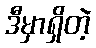
ဒီမှာရှိတဲ့